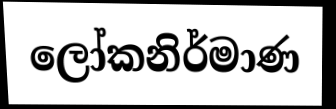
ලෝකනිර්මාණ